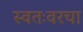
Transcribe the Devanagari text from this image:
स्वतःवरचा